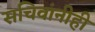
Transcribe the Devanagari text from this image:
सचिवांनीही